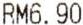
RM6.90